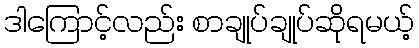
ဒါကြောင့်လည်း စာချုပ်ချုပ်ဆိုရမယ့်